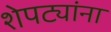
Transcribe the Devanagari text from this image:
शेपट्यांना